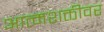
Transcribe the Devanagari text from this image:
आत्मशक्तीवर